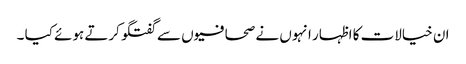
ان خیالات کا اظہار انہوں نے صحافیوں سے گفتگو کرتے ہوئے کیا ۔